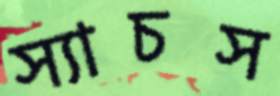
স্যাচস